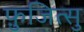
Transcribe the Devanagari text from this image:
फ़ुजित्सु